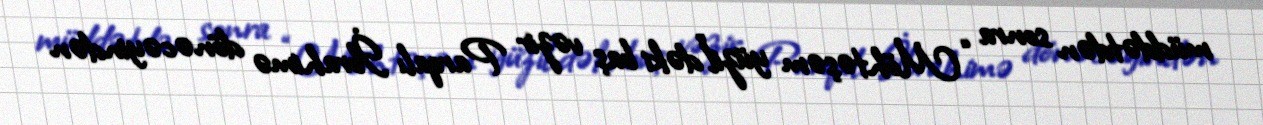
müddətdən sonra “Möhtəşəm yüzil”dəki baş vəzir Parqalı İbrahimə dönəcəyindən